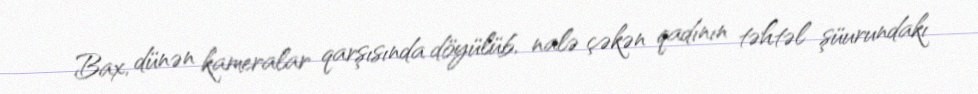
Bax, dünən kameralar qarşısında döyülüb, nalə çəkən qadının təhtəl şüurundakı